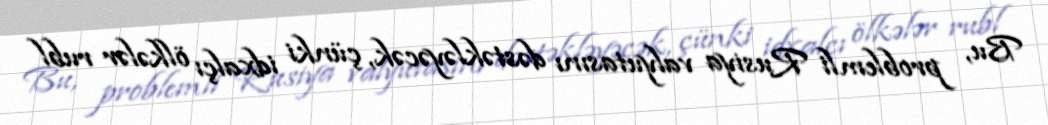
Bu, problemli Rusiya valyutasını dəstəkləyəcək, çünki idxalçı ölkələr rubl